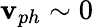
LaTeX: \mathbf{v}_{ph}\sim0